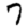
Digit: 7